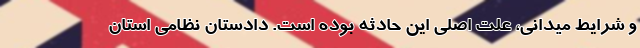
و شرایط میدانی، علت اصلی این حادثه بوده است. دادستان نظامی ‌استان